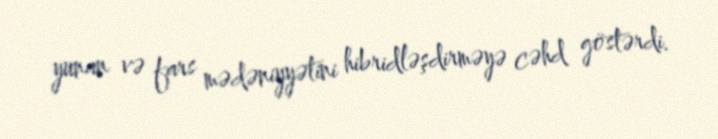
yunan və fars mədəniyyətini hibridləşdirməyə cəhd göstərdi.